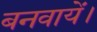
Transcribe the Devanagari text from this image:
बनवायें।